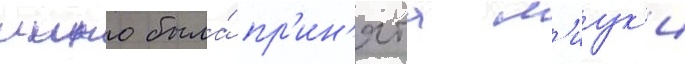
иино была́ пр'ин'ята м'иук'и